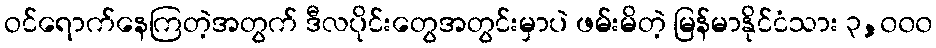
ဝင်ရောက်နေကြတဲ့အတွက် ဒီလပိုင်းတွေအတွင်းမှာပဲ ဖမ်းမိတဲ့ မြန်မာနိုင်ငံသား ၃,၀၀၀